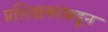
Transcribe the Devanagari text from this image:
प्रशिक्षकांकडून